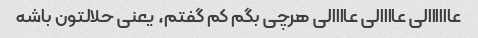
عاااااالی عاااالی عاااالی هرچی بگم کم گفتم، یعنی حلالتون باشه